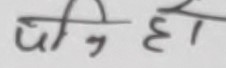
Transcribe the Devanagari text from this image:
पैनु हो